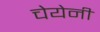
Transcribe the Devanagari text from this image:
चेयेनी